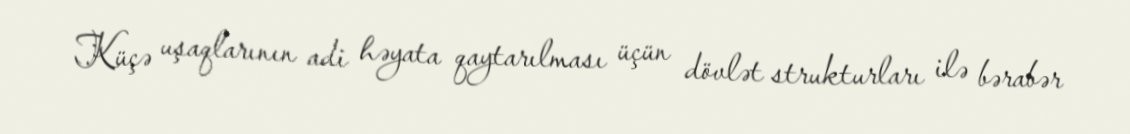
Küçə uşaqlarının adi həyata qaytarılması üçün dövlət strukturları ilə bərabər